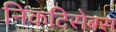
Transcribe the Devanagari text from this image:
निकटिसेबस